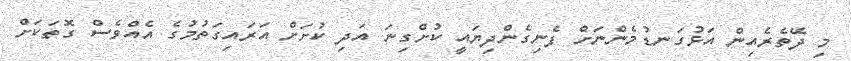
މި ދޭތެރެއިން އަޅުގަނޑުމެންނަށް ފެނިގެންދިޔައީ ކުށްގިނަ އަދި ކުށަށް އަރައިގަތުމުގެ އެއްވެސް ގޮތަކަށް